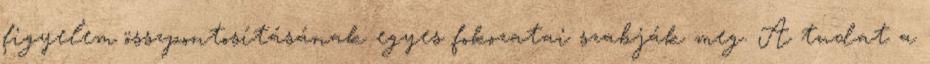
figyelem összpontosításának egyes fokozatai szabják meg. A tudat a